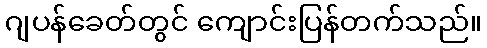
ဂျပန်ခေတ်တွင် ကျောင်းပြန်တက်သည်။